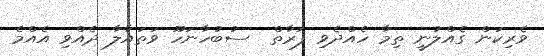
ވެރިކަން ގެއްލުނީ ތިމާ ހެއްދެވި ފަރާތް  ސުބުހާނަހޫ ވަތައާލާ ދެއްވި އެއްމެ